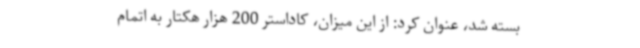
بسته شد، عنوان کرد: از این میزان، کاداستر 200 هزار هکتار به اتمام